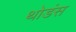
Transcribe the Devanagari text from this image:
थोडंस